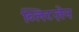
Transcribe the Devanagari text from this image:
ब्लिटज़ेन